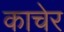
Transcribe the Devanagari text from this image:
काचेर